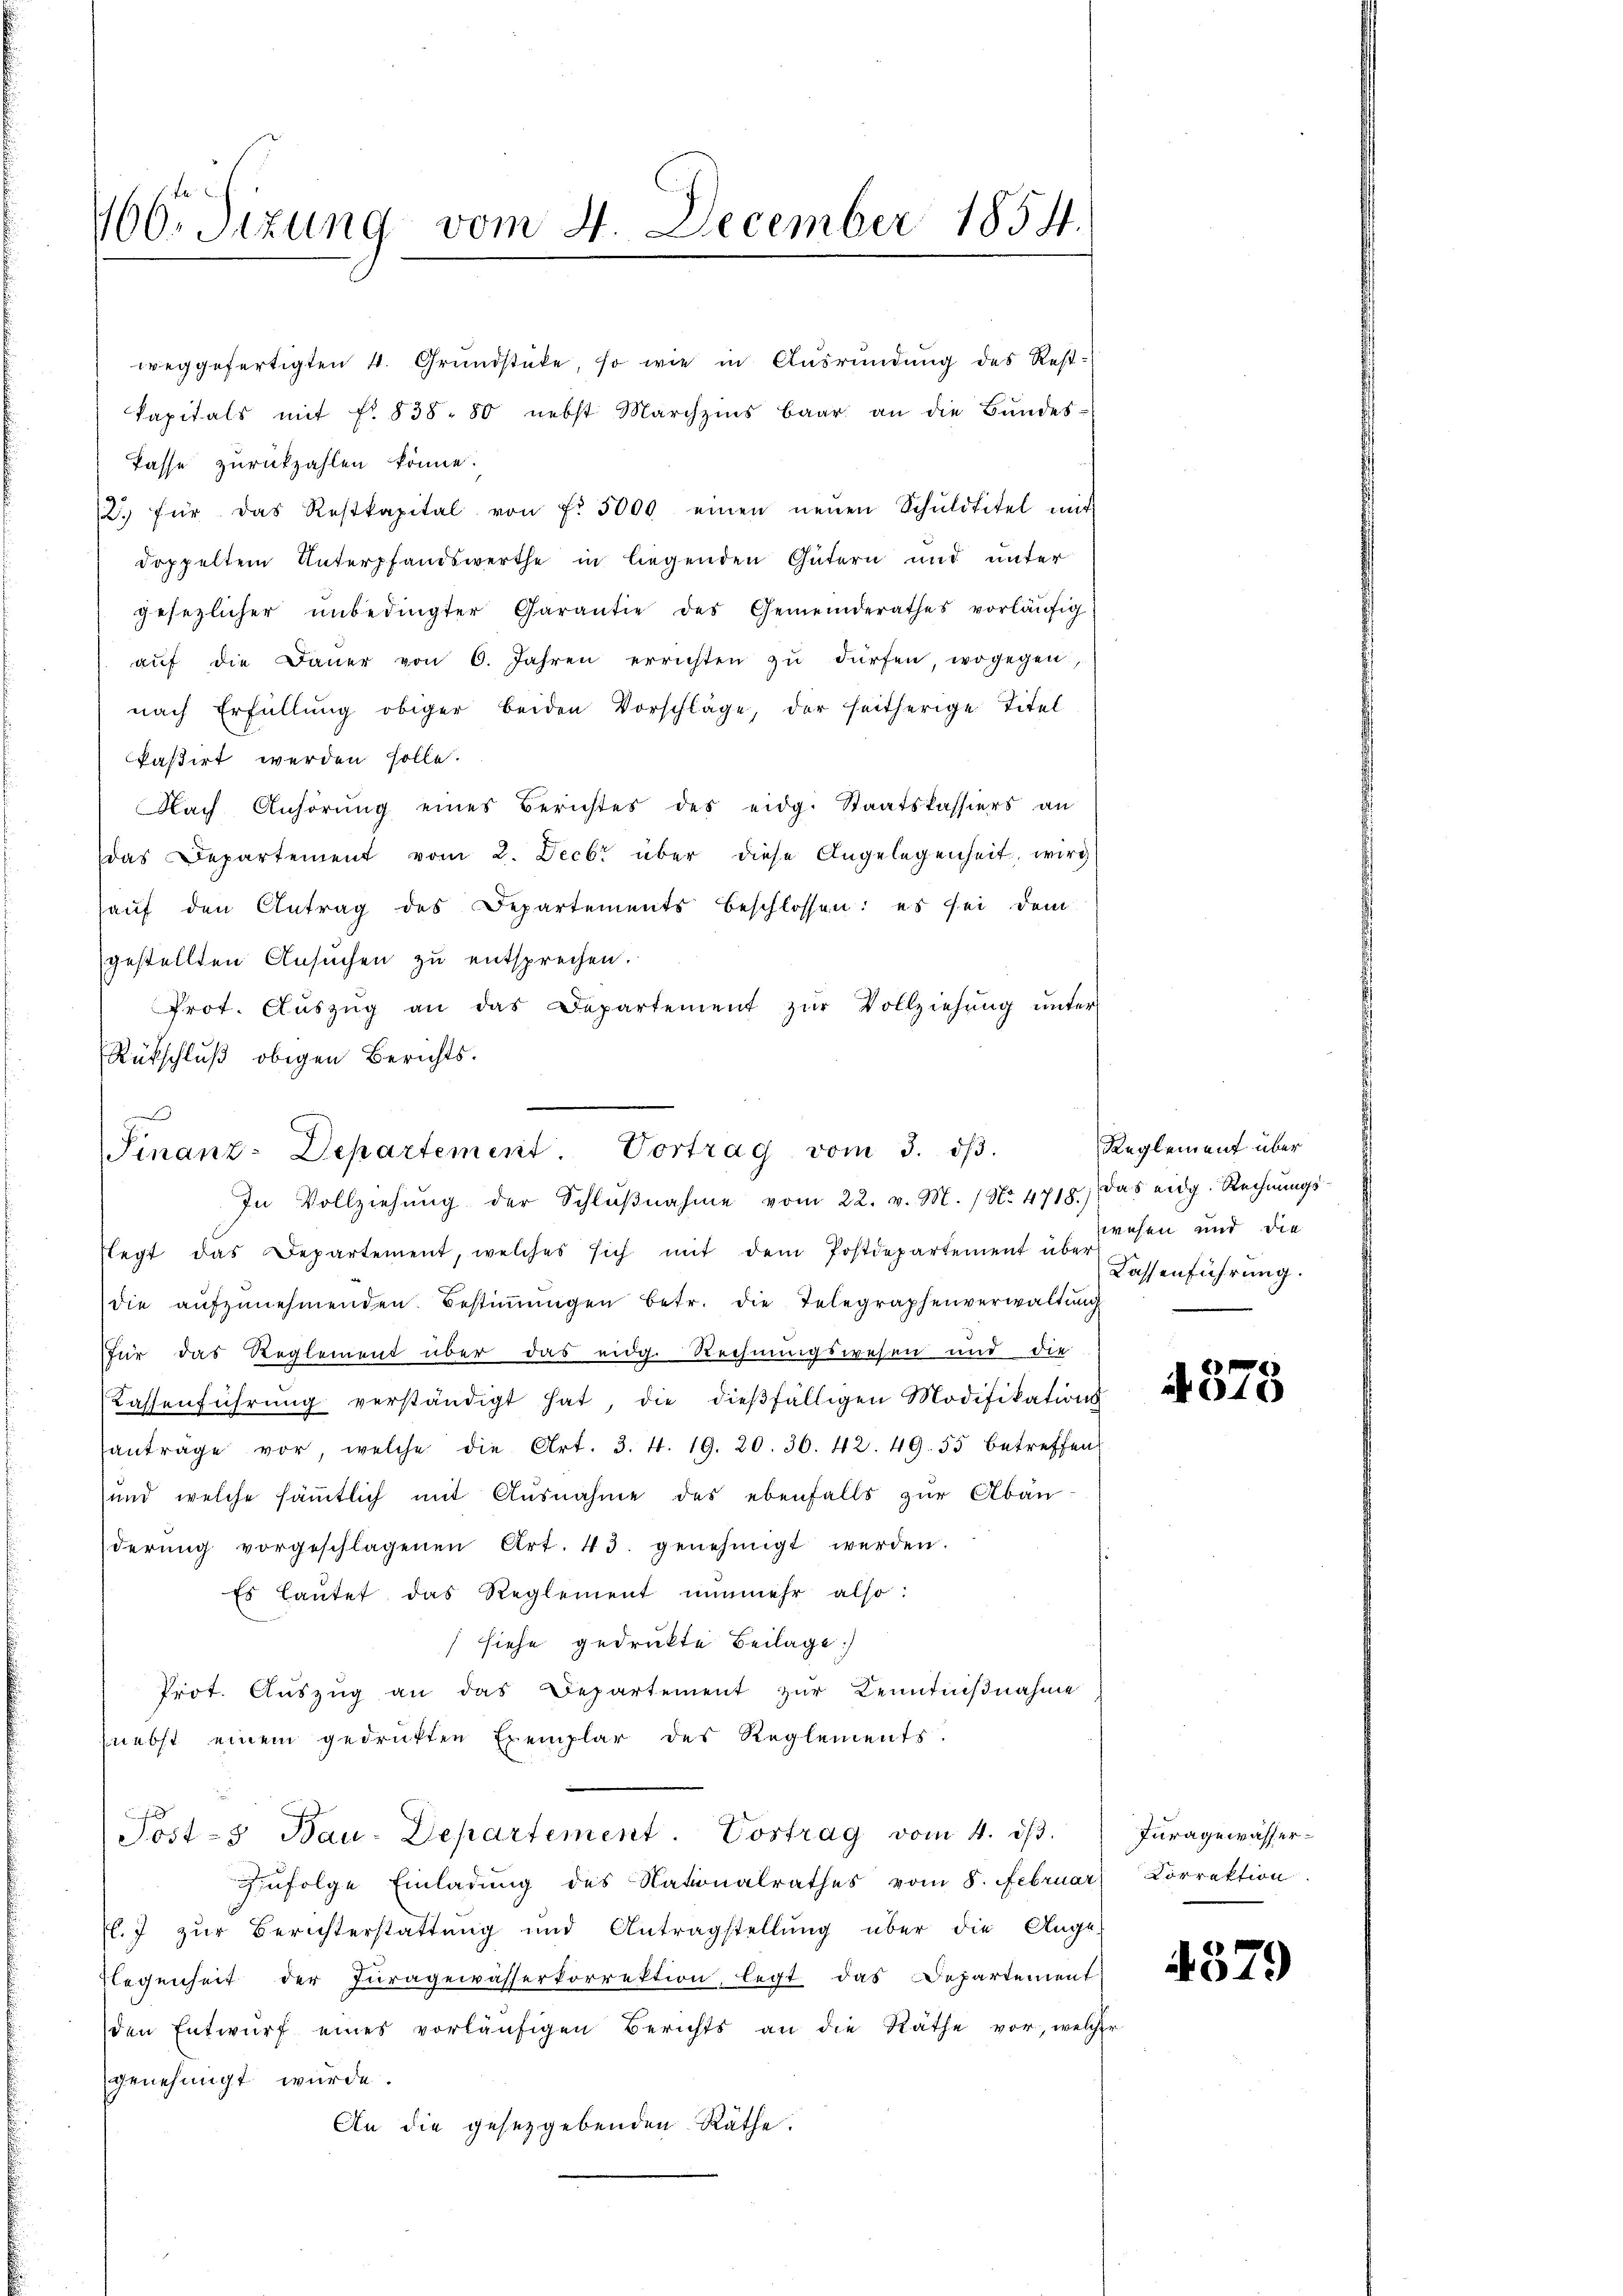
466. Sizung vom 4. December 1854.

kapitals mit fr. 838. 80 nebst Marchzins baar an die Bŭndes-
Pässe zurückzahlen könne.
2. für das Restkapital von fr. 5000 einen neŭen Schuldtitel mit
doppeltem Unterpfandswerthe in liegenden Gütern und unter
gesezlicher ŭnbedingter Garantie des Gemeinderathes vorläŭfig
aŭf die Daŭer von 6. Jahren errichten zŭ dürfen, wogegen,
nach Erfüllung obiger beiden Vorschläge, der seitherige Titel
kasirt werden solle.
Nach Anhörung eines Berichtes des eidg. Staatskassiers an
das Departement vom 2. Decbr über diese Angelegenheit, wird
haŭf den Antrag des Departements beschlossen: es sei dem
gestellten Ansuchen zu entsprechen.
Prot. Aŭszŭg an das Departement zŭr Vollziehŭng ŭnter
Rückschluß obigen Berichts.
In Vollziehŭng der Schlŭβnahme vom 22. v. M. / No. 4718. Das eidg. Rechnŭngs-
flegt das Departement, welches sich mit dem Postdepartement über
die aŭfzŭnehmenden Bestimmungen betr. die Telegraphenverwaltung
für das Reglement über das eidg. Rechnungswesen und die
Kassenführŭng verständigt hat, die dieβfälligen Modifikations
antrage vor, welche die Art. 3. 4. 19. 20. 30. 42. 49. 55 betreffen
und welche sämtlich mit Ausnahme des ebenfalls zŭr Abän
derŭng vorgeschlagenen Art. 43. genehmigt werden.
Es lautet das Reglement nunmehr also:
(siehe gedrukte Beilage
Prot. Aŭszŭg an das Departement zur Kenntnißnahme
nebst einem gedrukten Exemplar des Reglements

Jost - Bau-Departement. Costrag vom 4. dβ.
zzufolge Einladung des Nationalrathes vom 8. Februar Correktion
.7 zŭr Berichterstattung und Antragstellŭng über die Ange-
legenheit der Juragewässerkorrektion, legt das Departement
den Entwŭrf eines vorläŭfigen Berichts an die Räthe vor, welche
genehmigt würde.
An die gesetzgebenden Räthe.

weggefertigten 4. Grŭndstücke, so wie in Aŭsrŭndŭng des Rest-

Finanz-Departement. Vortrag vom 3. dβ.

Reglement über
zwesen und die
Lassenführung.

4873

Iuragewässer¬

4579